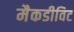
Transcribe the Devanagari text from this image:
मैकडीविट